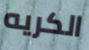
الكريه